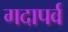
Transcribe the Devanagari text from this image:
गदापर्व